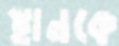
স্থানকে